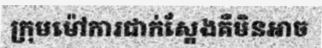
ក្រុមម៉ៅការជាក់ស្តែងគឺមិនអាច